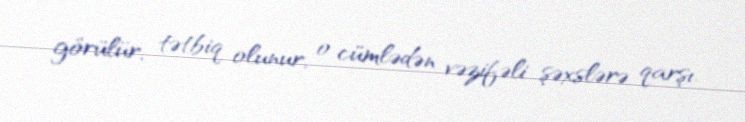
görülür, tətbiq olunur, o cümlədən vəzifəli şəxslərə qarşı.